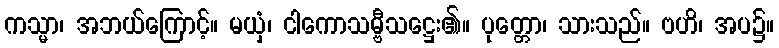
ကသ္မာ၊ အဘယ်ကြောင့်။ မယှံ၊ ငါကောသမ္ဗီသဋ္ဌေး၏။ ပုတ္တော၊ သားသည်။ ဗဟိ၊ အပ၌။